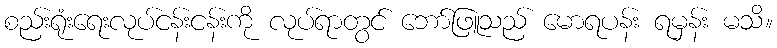
စည်းရုံးရေးလုပ်ငန်းငန်းကို လုပ်ရာတွင် ဘော်ဖြူသည် မောရပန်း ရမှန်း မသိ။